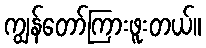
ကျွန်တော်ကြားဖူးတယ်။